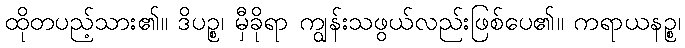
ထိုတပည့်သား၏။ ဒိပဉ္စ၊ မှီခိုရာ ကျွန်းသဖွယ်လည်းဖြစ်ပေ၏။ ကရာယနဉ္စ၊